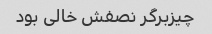
چیزبرگر نصفش خالی بود